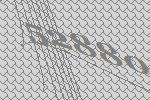
52880